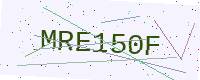
Text: MRE150F